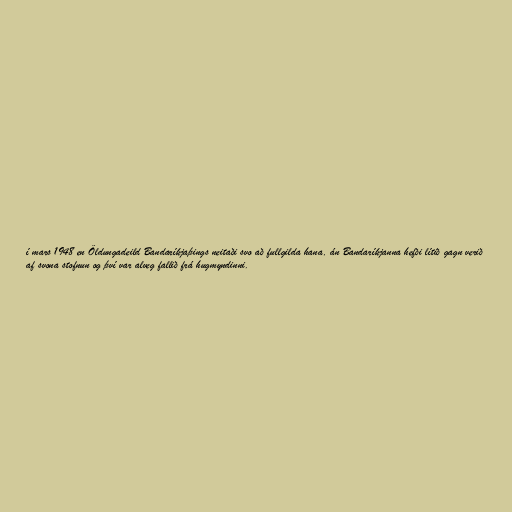
í mars 1948 en Öldungadeild Bandaríkjaþings neitaði svo að fullgilda hana, án Bandaríkjanna hefði lítið gagn verið
af svona stofnun og því var alveg fallið frá hugmyndinni.